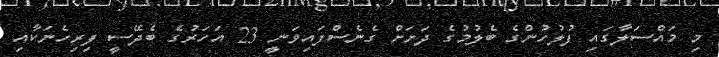
މި މައްސަލާގައި ފުލުހުންގެ ބެލުމުގެ ދަށަށް ގެނެސްފައިވަނީ 23 އަހަރުގެ ބެދޭސީ ފިރިހެނަކާއި